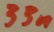
Text: 33n